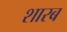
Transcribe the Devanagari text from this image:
शारब